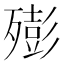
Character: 㱶